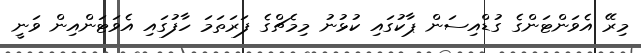
މިރޭ އެވަންޓަންގެ ގުޑްއިސަން ޕާކުގައި ކުޅުނު މިމެޗްގެ ފަރަތަމަ ހާފުގައި އެވަޓަންއިން ވަނީ